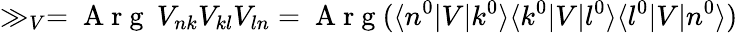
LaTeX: \gg_{V}=\mathrm{~A~r~g~}\: V_{nk}V_{kl}V_{ln}=\mathrm{~A~r~g~}(\langle n^{0}\lvert V\lvert k^{0}\rangle\langle k^{0}\lvert V\lvert l^{0}\rangle\langle l^{0}\lvert V\lvert n^{0}\rangle)